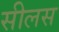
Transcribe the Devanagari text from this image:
सीलस